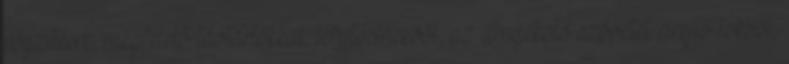
rögzítésre, megfelelő távtartókkal, lefutósínekből, az árnyékoló szövetet elrejtő tokból,